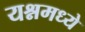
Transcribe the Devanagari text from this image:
यश्नमध्ये